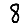
Digit: 8